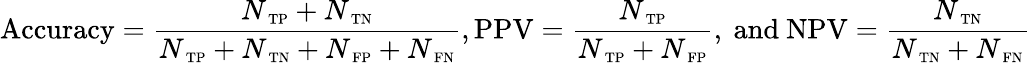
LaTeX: \mathrm{Accuracy}=\frac{N_{\mathrm{\scriptsize~TP}}+N_{\mathrm{\scriptsize~TN}}}{N_{\mathrm{\scriptsize~TP}}+N_{\mathrm{\scriptsize~TN}}+N_{\mathrm{\scriptsize~FP}}+N_{\mathrm{\scriptsize~FN}}},\mathrm{PPV}=\frac{N_{\mathrm{\scriptsize~TP}}}{N_{\mathrm{\scriptsize~TP}}+N_{\mathrm{\scriptsize~FP}}},\mathrm{~and~}\mathrm{NPV}=\frac{N_{\mathrm{\scriptsize~TN}}}{N_{\mathrm{\scriptsize~TN}}+N_{\mathrm{\scriptsize~FN}}}